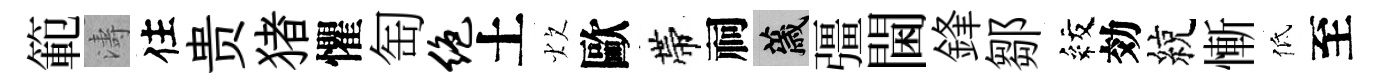
範濤住贵猪懼匋绝土炊歐帶祠薉彊閫鋒鄒紋効綂慚低至